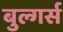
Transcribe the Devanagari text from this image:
बुल्गर्स